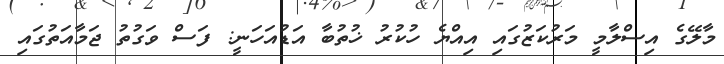
މާލޭގެ އިސްލާމީ މަރުކަޒުގައި އިއްޔެ ހުކުރު ޚުތުބާ އަޑުއަހަނީ: ފަސް ވަގުތު ޖަމާއަތުގައި